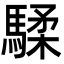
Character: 騥